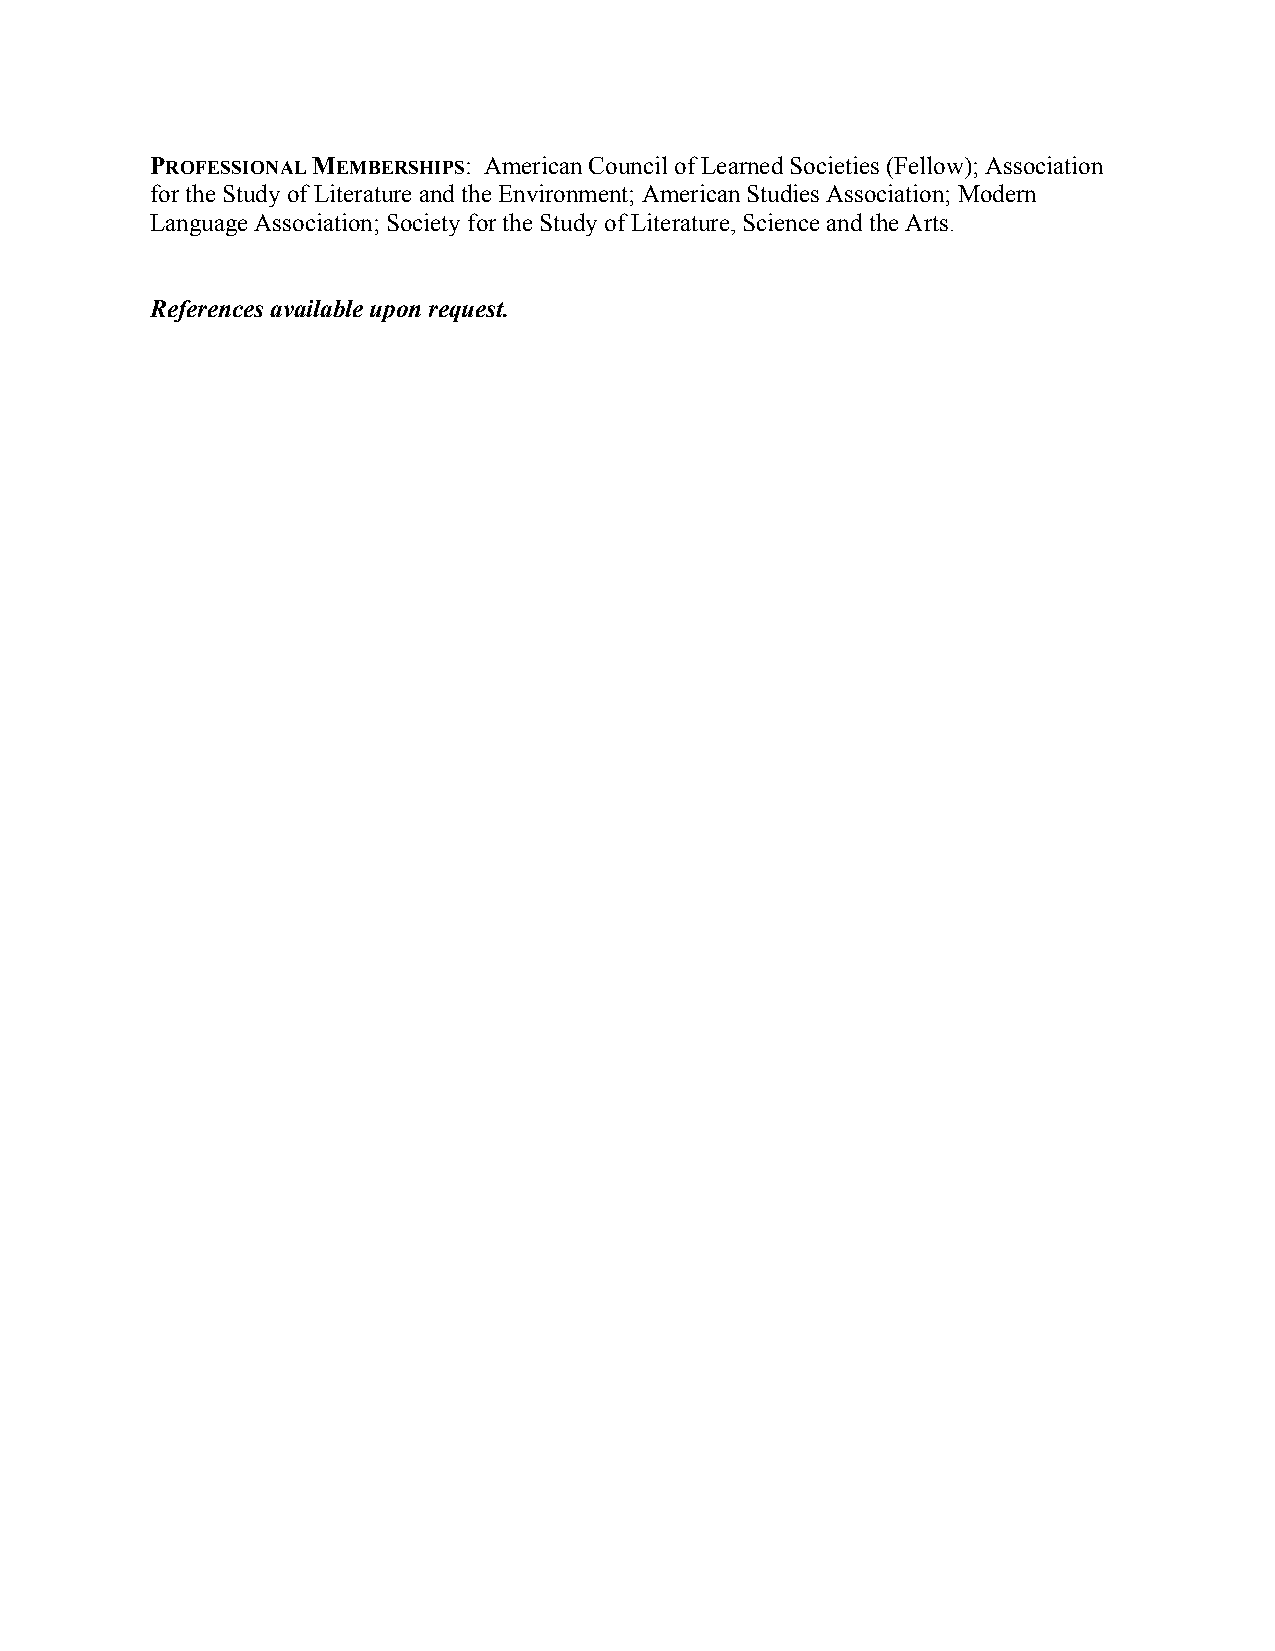
PROFESSIONAL MEMBERSHIPS: American Council of Learned Societies (Fellow); Association
 for the Study of Literature and the Environment; American Studies Association; Modern
 Language Association; Society for the Study of Literature, Science and the Arts.
 References available upon request.